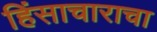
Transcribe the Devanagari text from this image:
हिंसाचाराचा